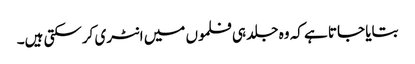
بتایا جاتا ہے کہ وہ جلد ہی فلموں میں انٹری کرسکتی ہیں۔